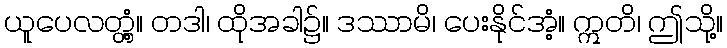
ယူပေလတ္တံ့။ တဒါ၊ ထိုအခါ၌။ ဒဿာမိ၊ ပေးနိုင်အံ့။ ဣတိ၊ ဤသို့။